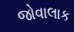
જોવાલાક